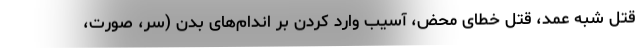
قتل شبه عمد، قتل خطای محض، آسیب وارد کردن بر اندام‌‌های بدن (سر، صورت،